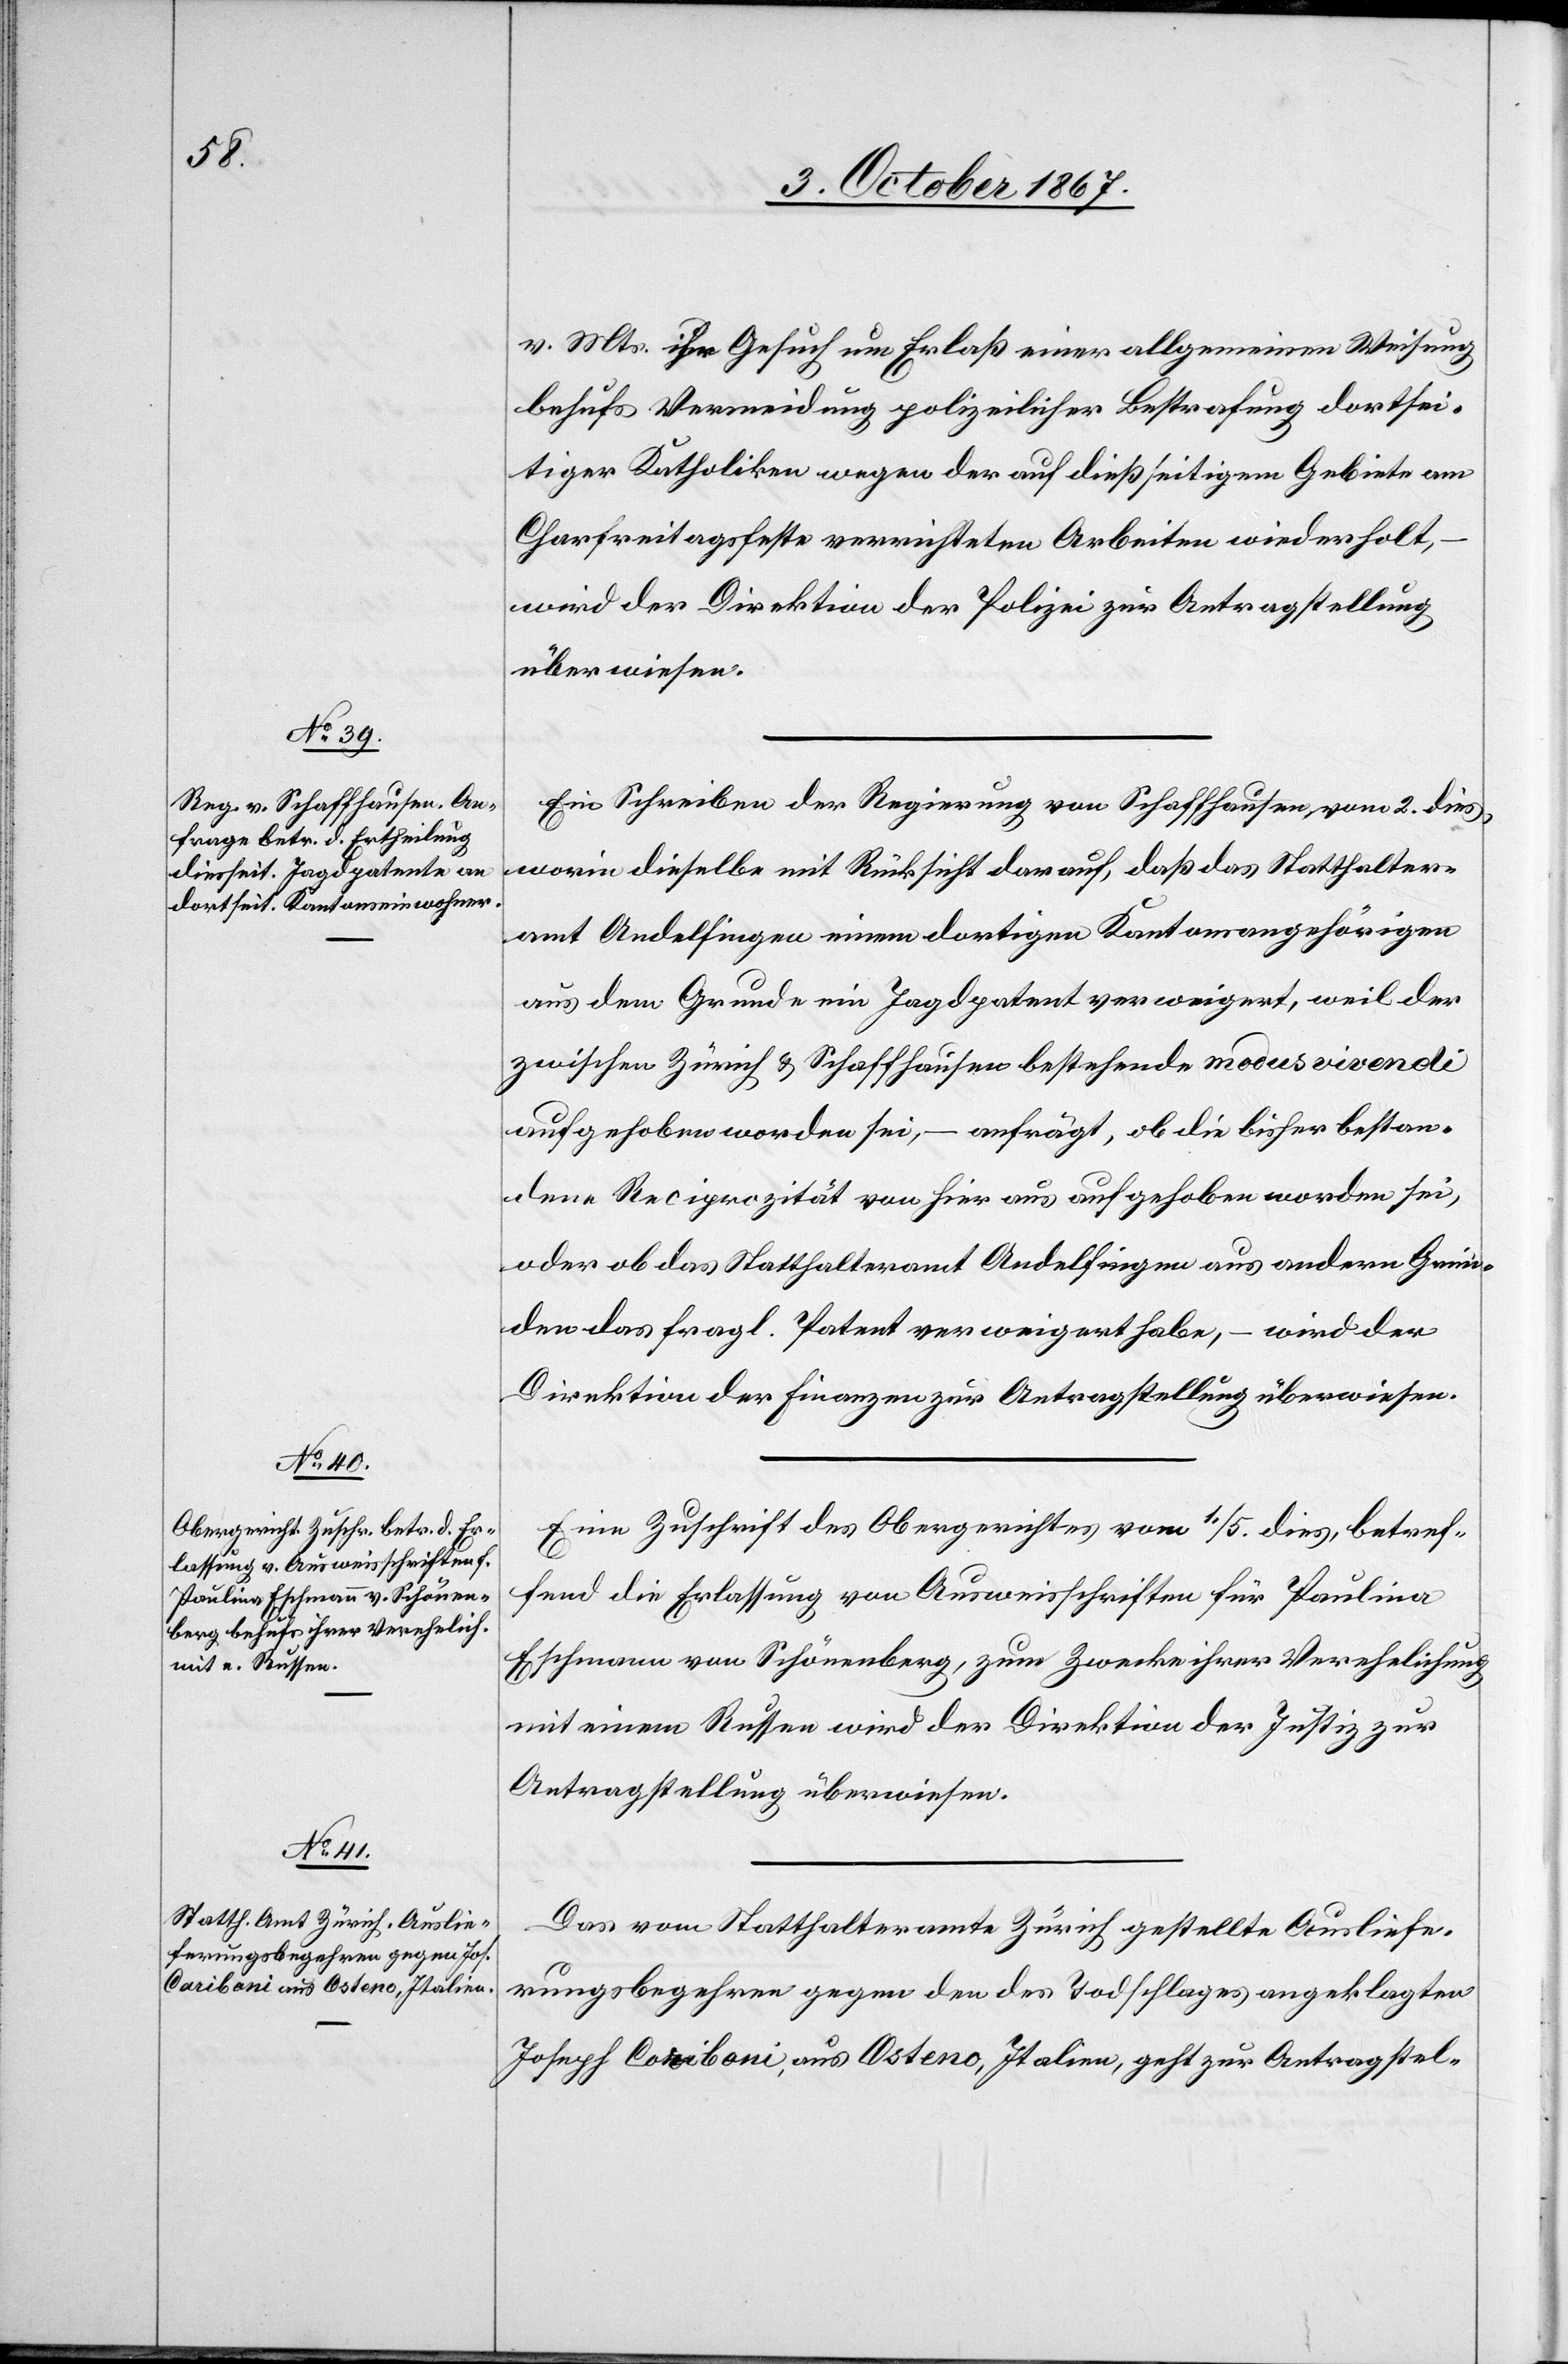
5. October 1867.]
v. Mts. ihr Gesuch um Erlaß einer allgemeinen Weisung
behufs Vermeidung polizeilicher Bestrafung dortsei¬
tiger Katholiken wegen der auf dießseitigem Gebiet am
Charfreitagsfeste verrichteten Arbeiten wiederholt,
wird der Direktion der Polizei zur Antragstellung
überwiesen.
Ein Schreiben der Regierung von Schaffhausen vom 2. dies
worin dieselbe mit Rücksicht darauf, daß das Statthalter¬
amt Andelfingen einem dortigen Kantonsangehörigen
aus dem Grunde ein Jagdpatent verweigert, weil der
zwischen Zürich u. Schaffhausen bestehende modus vivendi
aufgehoben worden sei, – anfrägt, ob die bisher bestan¬
dene Reciprozität von hier aus aufgehoben worden sei,
oder ob das Statthalteramt Andelfingen aus andern Grün¬
den das fragl. Patent verweigert habe, – wird der
Direktion der Finanzen zur Antragstellung überwiesen.
Eine Zuschrift des Obergerichtes vom 1./5. dies, betref¬
fend die Erlassung von Ausweisschriften für Paulina
Eschmann von Schönenberg, zum Zwecke ihrer Verehelichung
mit einem Russen wird der Direktion der Justiz zur
Antragstellung überwiesen.
Das vom Statthalteramte Zürich gestellte Ausliefe¬
rungsbegehren gegen den des Todschlages angeklagten
Joseph Coriboni [sic!], aus Ostero, Italien, geht zur Antragstel-